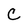
Character: C